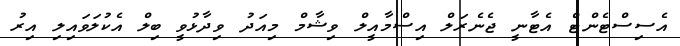
އެސިސްޓެންޓް އެޓާނީ ޖެނެރަލް އިސްމާއީލް ވިޝާމް މިއަދު ވިދާޅުވީ ބިލް އެކުލަވައިލި އިރު